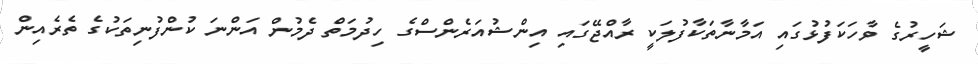
ޝަހީރުގެ ވާހަކަފުޅުގައި އަމާނާތަކާފުލަކީ ރާއްޖޭގައި އިންޝުއަރެންސްގެ ހިދުމަތް ދެމުން އަންނަ ކުންފުނިތަކުގެ ތެރެއިން